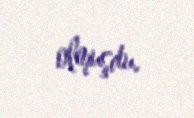
olmuşdu.